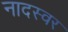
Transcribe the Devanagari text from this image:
नादस्वर